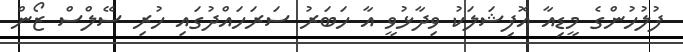
ފުލުހުންގެ މީޑިއާ އޮފިޝަލަކު ވިދާޅުވީ އާ ހަބަރު ސަރަހައްދުގައި ހުރި ސޭލްސް ޒޯން